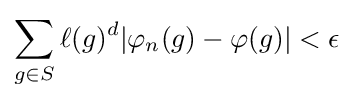
\sum _{g\in S}\ell (g)^{d}|\varphi _{n}(g)-\varphi (g)|<\epsilon